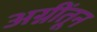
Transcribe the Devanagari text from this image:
अग्नींतून